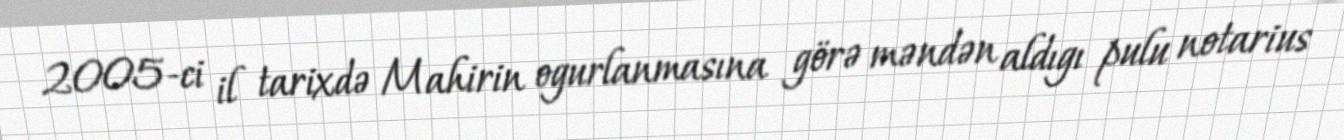
2005-ci il tarixdə Mahirin ogurlanmasına görə məndən aldıgı pulu notarius